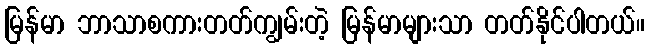
မြန်မာ ဘာသာစကားတတ်ကျွမ်းတဲ့ မြန်မာများသာ တတ်နိုင်ပါတယ်။